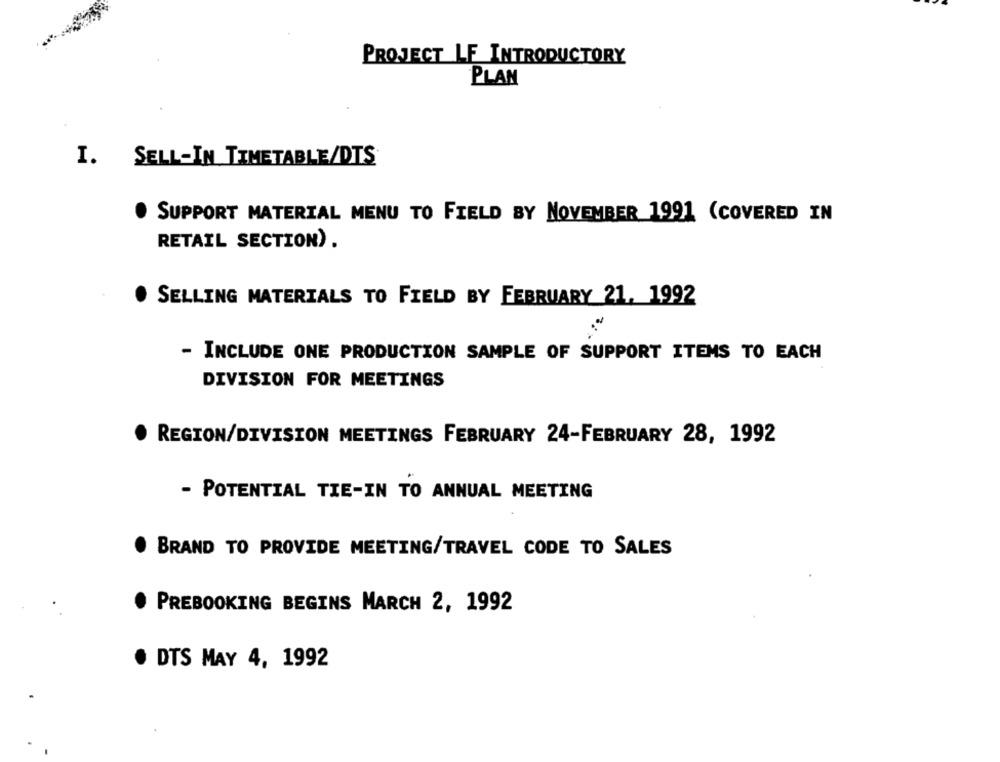
PROJECT LF INTRODUCTORY
PLAN
I.
SELL-IN TIMETABLE/DTS
SUPPORT MATERIAL MENU TO FIELD BY NOVEMBER 1991 (COVERED IN
RETAIL SECTION).
SELLING MATERIALS TO FIELD BY FEBRUARY 21, 1992
- INCLUDE ONE PRODUCTION SAMPLE OF SUPPORT ITEMS TO EACH
DIVISION FOR MEETINGS
REGION/DIVISION MEETINGS FEBRUARY 24-FEBRUARY 28, 1992
- POTENTIAL TIE-IN TO ANNUAL MEETING
BRAND TO PROVIDE MEETING/TRAVEL CODE TO SALES
PREBOOKING BEGINS MARCH 2, 1992
. DTS MAY 4, 1992